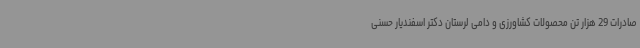
صادرات 29 هزار تن محصولات کشاورزی و دامی لرستان دکتر اسفندیار حسنی